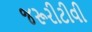
જરૂરીટીવી